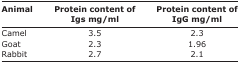
<table><thead><tr><td><b>Animal</b></td><td><b>Protein content of Igs mg/ml</b></td><td><b>Protein content of IgG mg/ml</b></td></tr></thead><tbody><tr><td>Camel</td><td>3.5</td><td>2.3</td></tr><tr><td>Goat</td><td>2.3</td><td>1.96</td></tr><tr><td>Rabbit</td><td>2.7</td><td>2.1</td></tr></tbody></table>